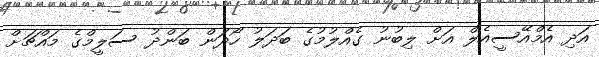
އަދި އެމްއޭސީއެލް އަށް ލިބުނު ގެއްލުމުގެ ބަދަލު ހޯދަން ބަންދު ސަލީމްގެ މައްޗަށް